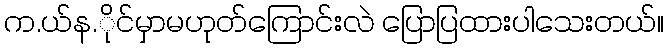
က.ယ်န.ိုင်မှာမဟုတ်ကြောင်းလဲ ပြောပြထားပါသေးတယ်။